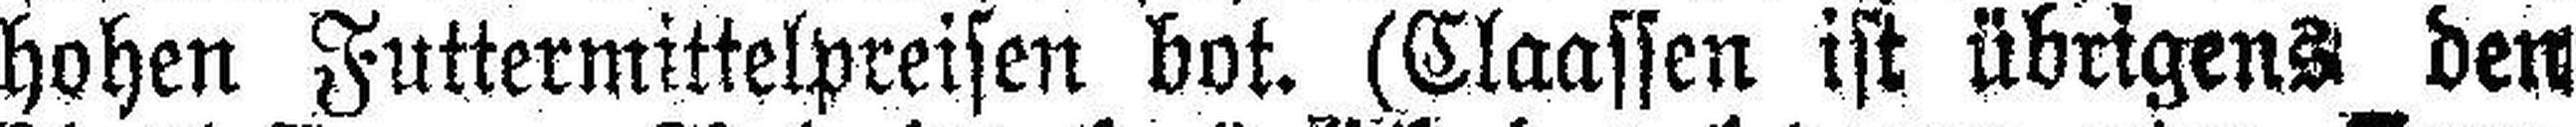
hohen Futtermittelpreisen bot. (Claassen ist übrigens den